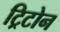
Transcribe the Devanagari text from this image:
ट्रिटोन